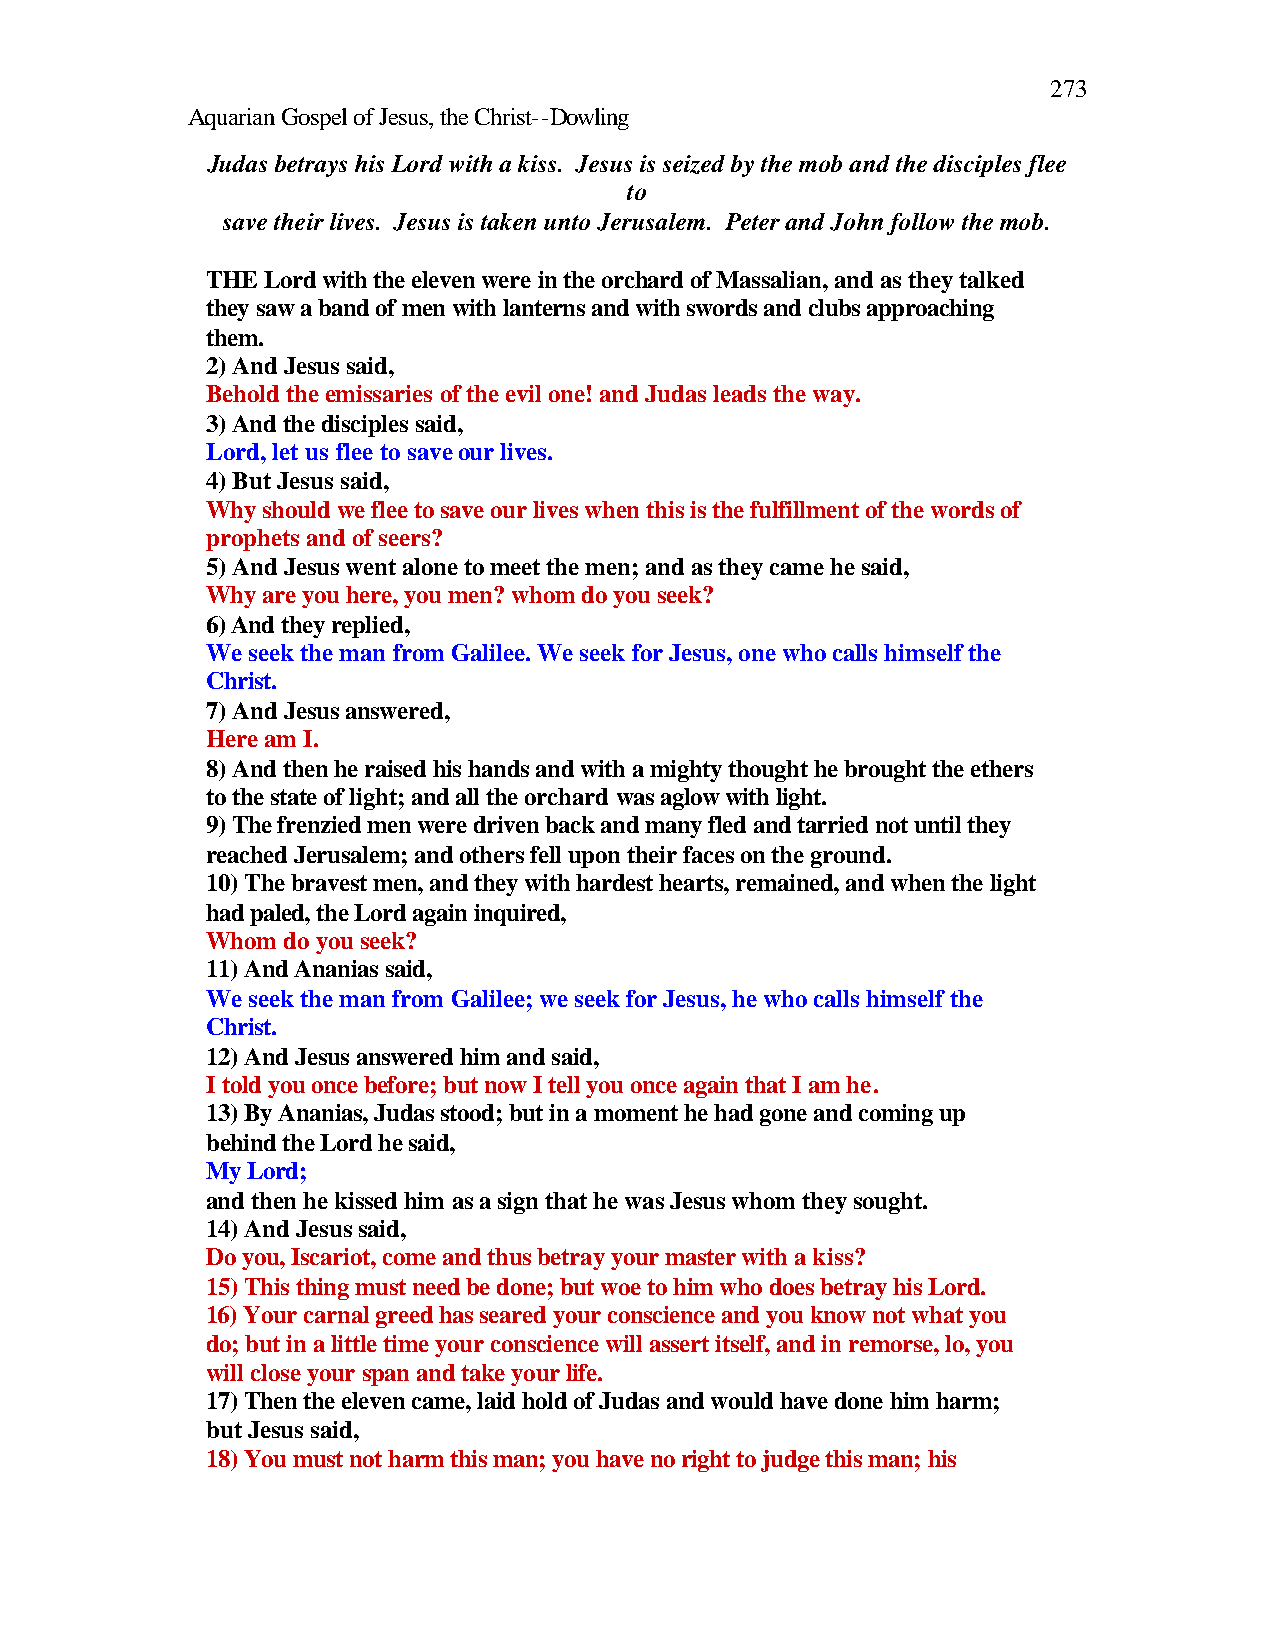
273
 Aquarian Gospel of Jesus, the Christ--Dowling
 Judas betrays his Lord with a kiss. Jesus is seized by the mob and the disciples flee
 to
 save their lives. Jesus is taken unto Jerusalem. Peter and John follow the mob.
 THE Lord with the eleven were in the orchard of Massalian, and as they talked
 they saw a band of men with lanterns and with swords and clubs approaching
 them.
 2) And Jesus said,
 Behold the emissaries of the evil one! and Judas leads the way.
 3) And the disciples said,
 Lord, let us flee to save our lives.
 4) But Jesus said,
 Why should we flee to save our lives when this is the fulfillment of the words of
 prophets and of seers?
 5) And Jesus went alone to meet the men; and as they came he said,
 Why are you here, you men? whom do you seek?
 6) And they replied,
 We seek the man from Galilee. We seek for Jesus, one who calls himself the
 Christ.
 7) And Jesus answered,
 Here am I.
 8) And then he raised his hands and with a mighty thought he brought the ethers
 to the state of light; and all the orchard was aglow with light.
 9) The frenzied men were driven back and many fled and tarried not until they
 reached Jerusalem; and others fell upon their faces on the ground.
 10) The bravest men, and they with hardest hearts, remained, and when the light
 had paled, the Lord again inquired,
 Whom do you seek?
 11) And Ananias said,
 We seek the man from Galilee; we seek for Jesus, he who calls himself the
 Christ.
 12) And Jesus answered him and said,
 I told you once before; but now I tell you once again that I am he.
 13) By Ananias, Judas stood; but in a moment he had gone and coming up
 behind the Lord he said,
 My Lord;
 and then he kissed him as a sign that he was Jesus whom they sought.
 14) And Jesus said,
 Do you, Iscariot, come and thus betray your master with a kiss?
 15) This thing must need be done; but woe to him who does betray his Lord.
 16) Your carnal greed has seared your conscience and you know not what you
 do; but in a little time your conscience will assert itself, and in remorse, lo, you
 will close your span and take your life.
 17) Then the eleven came, laid hold of Judas and would have done him harm;
 but Jesus said,
 18) You must not harm this man; you have no right to judge this man; his